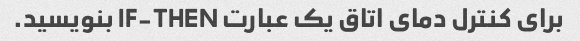
برای کنترل دمای اتاق یک عبارت IF-THEN بنویسید.